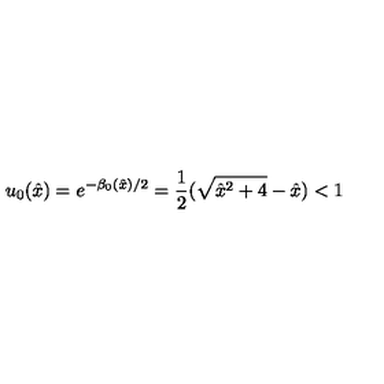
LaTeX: u _ { 0 } ( { \hat { x } } ) = e ^ { - \beta _ { 0 } ( { \hat { x } } ) / 2 } = \frac { 1 } { 2 } ( \sqrt { { \hat { x } } ^ { 2 } + 4 } - { \hat { x } } ) < 1